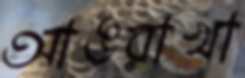
আঙরাখা